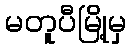
မတူပီမြို့မှ